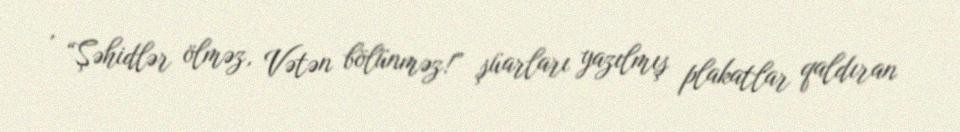
, “Şəhidlər ölməz, Vətən bölünməz!” şüarları yazılmış plakatlar qaldıran